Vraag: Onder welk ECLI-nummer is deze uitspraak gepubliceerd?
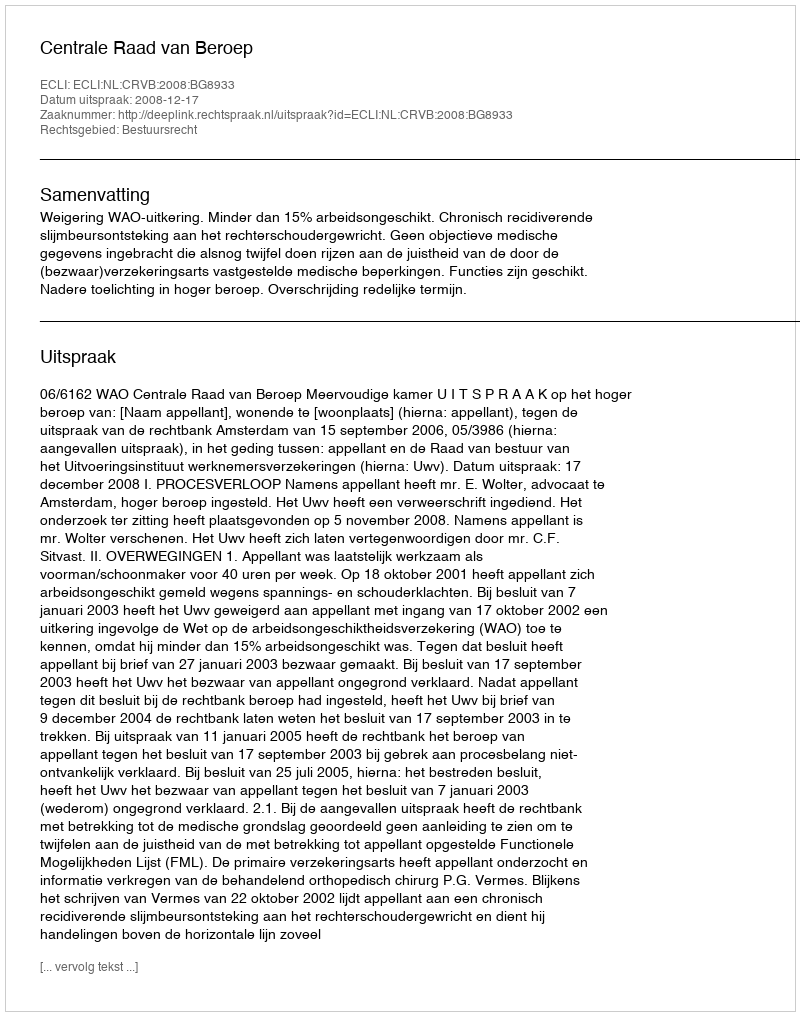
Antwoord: ECLI:NL:CRVB:2008:BG8933